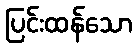
ပြင်းထန်သော